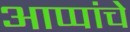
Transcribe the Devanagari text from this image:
आप्पांचे